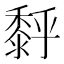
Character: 𪏹